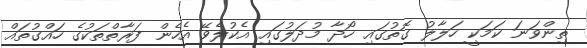
ތިންވަނަ ކަމަކީ ހަލާލު ގޮތުގައި ހޯދާ މުދަލުގައި އެކުލެވޭ އެހެން ފަރާތްތަކުގެ ހައްގުތައް